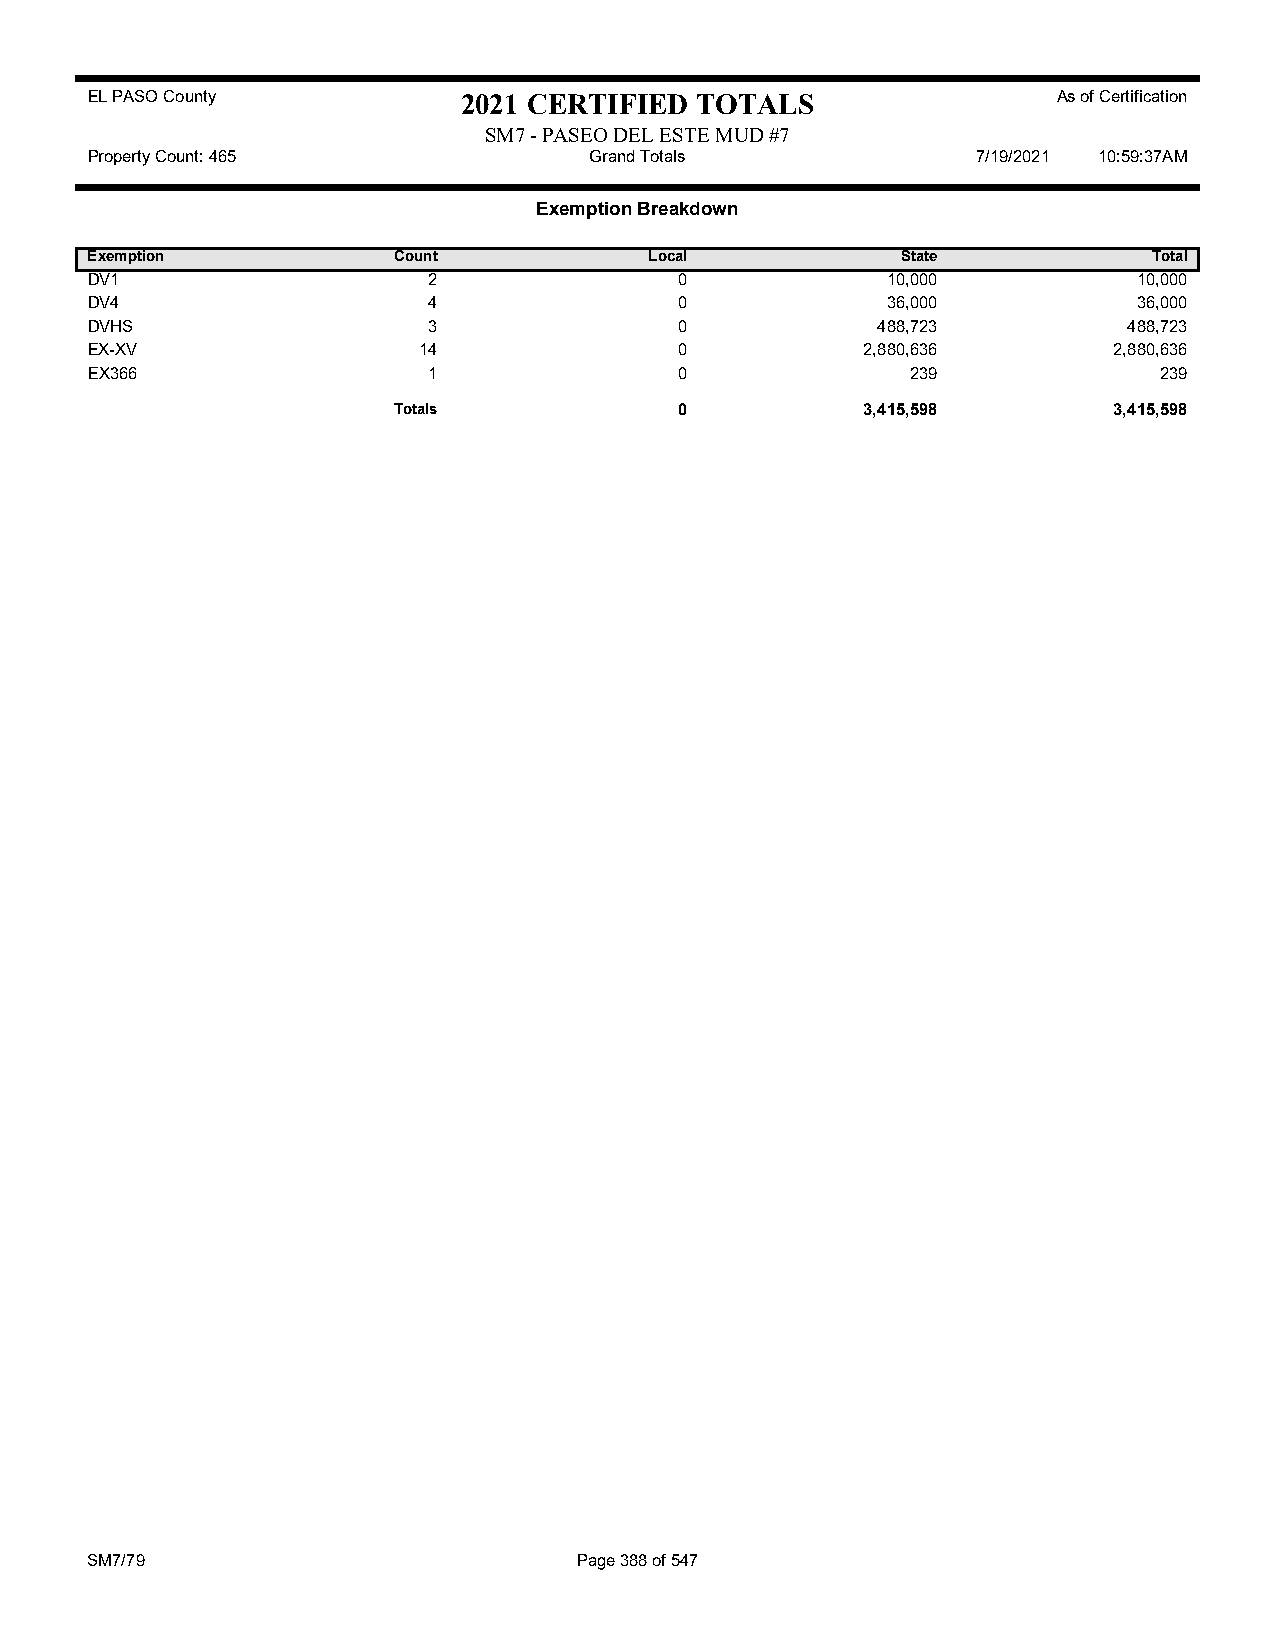
EL PASO County           2021 CERTIFIED TOTALS                  As of Certification
 SM7 - PASEO DEL ESTE MUD #7
 Property Count: 465              Grand Totals              7/19/2021 10:59:37AM
 Exemption Breakdown
 Exemption           Count            Local            State           Total
 DV1                   2                0             10,000          10,000
 DV4                   4                0             36,000          36,000
 DVHS                  3                0            488,723          488,723
 EX-XV                 14               0           2,880,636        2,880,636
 EX366                 1                0              239              239
 Totals             0           3,415,598        3,415,598
 SM7/79                          Page 388 of 547